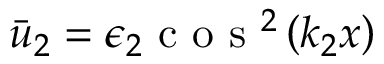
\bar { u } _ { 2 } = \epsilon _ { 2 } \mathrm { ~ c ~ o ~ s ~ } ^ { 2 } \left( k _ { 2 } x \right)